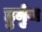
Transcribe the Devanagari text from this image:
हुर्मुज